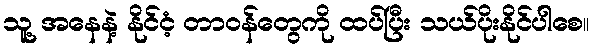
သူ့ အနေနဲ့ နိုင်ငံ့ တာဝန်တွေကို ထပ်ပြီး သယ်ပိုးနိုင်ပါစေ။